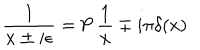
LaTeX: \frac { 1 } { x \pm i \epsilon } = \mathrm { P } \, \frac { 1 } { x } \mp i \pi \delta ( x )